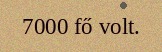
7000 fő volt.